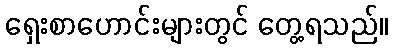
ရှေးစာဟောင်းများတွင် တွေ့ရသည်။